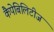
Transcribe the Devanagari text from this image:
कैपेबिलिटीज